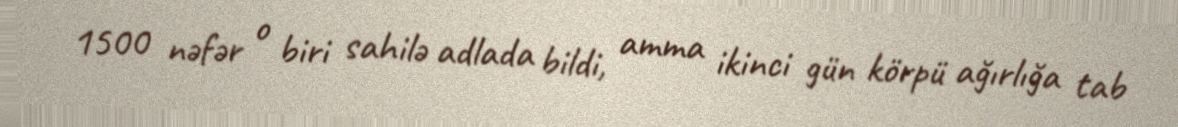
1500 nəfər o biri sahilə adlada bildi, amma ikinci gün körpü ağırlığa tab